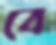
বে